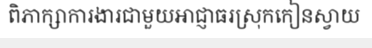
ពិភាក្សាការងារជាមួយអាជ្ញាធរស្រុកកៀនស្វាយ